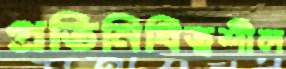
প্রতিনিধিত্বশীল